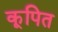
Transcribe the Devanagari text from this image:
कूपित